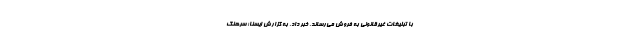
با تبلیغات غیرقانونی به فروش می‌رساند، خبر داد. به گزارش ایسنا؛ سرهنگ